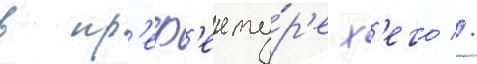
в пр'еф'екту́р'е х'его //